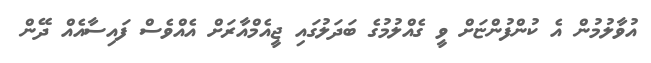
އުވާލުމުން އެ ކުންފުންޏަށް ވީ ގެއްލުމުގެ ބަދަލުގައި ޖީއެމްއާރަށް އެއްވެސް ފައިސާއެއް ދޭން